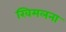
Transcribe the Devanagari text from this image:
खिमलना